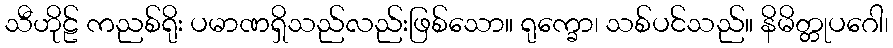
သီဟိုဠ် ကညစ်ရိုး ပမာဏရှိသည်လည်းဖြစ်သော။ ရုက္ခော၊ သစ်ပင်သည်။ နိမိတ္တုပဂေါ၊